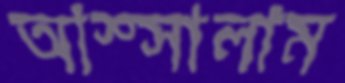
আস্সালাম